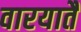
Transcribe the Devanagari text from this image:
वारयातै